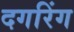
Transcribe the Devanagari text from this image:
दगरिंग